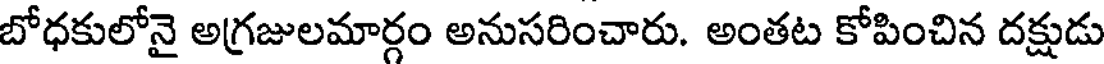
బోధకులోనై అగ్రజులమార్గం అనుసరించారు. అంతట కోపించిన దక్షుడు